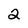
Character: 2